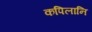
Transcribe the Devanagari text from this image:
कपिलानि